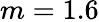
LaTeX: m=1.6